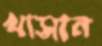
খাসান